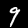
Label: 9